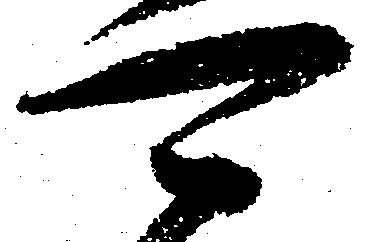
可